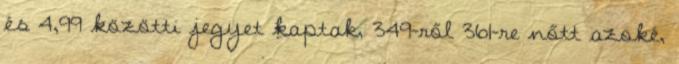
és 4,99 közötti jegyet kaptak, 349-ről 361-re nőtt azoké,